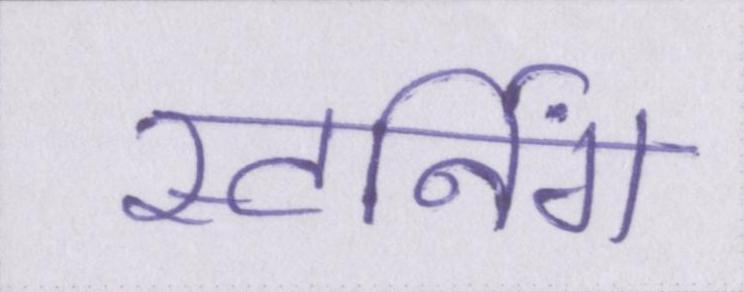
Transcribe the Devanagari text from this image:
स्टर्निंग